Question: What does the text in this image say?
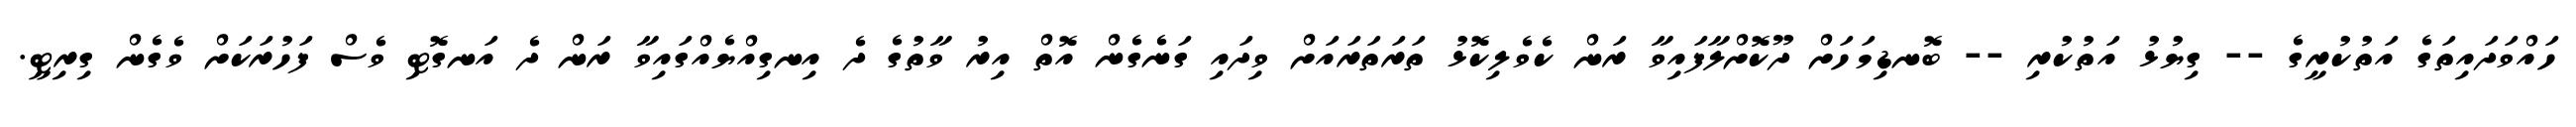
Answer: ހައްވަދައިތަގެ އަތުކުރީގެ -- ގިޔުޅު އަތުކުރި -- ބޮނޑިމަހަށް ދޫކޮށްލާފައިވާ ރަން ކެވެލިކޮޅު ތަރަތަރައަށް ވިދައި ގަނެގެން އޮތް އިރު ވާތުގެ ދެ އިނގިއްޔެއްގައިވާ ރަން ދެ އަނގޮޓި ވެސް ފަހުރަކަށް ވެގެން ގިރިޓީ.